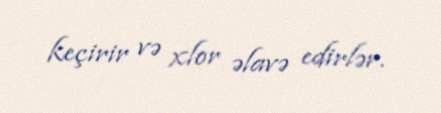
keçirir və xlor əlavə edirlər.